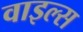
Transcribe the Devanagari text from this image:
वाइल्स